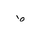
Letter: _da